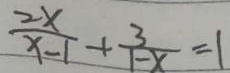
\frac { 2 x } { x - 1 } + \frac { 3 } { 1 - x } = 1